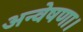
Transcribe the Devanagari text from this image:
अन्वेषणा।